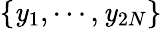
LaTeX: \{ \mathit{y}_{1},\cdots,\mathit{y}_{2N}\}